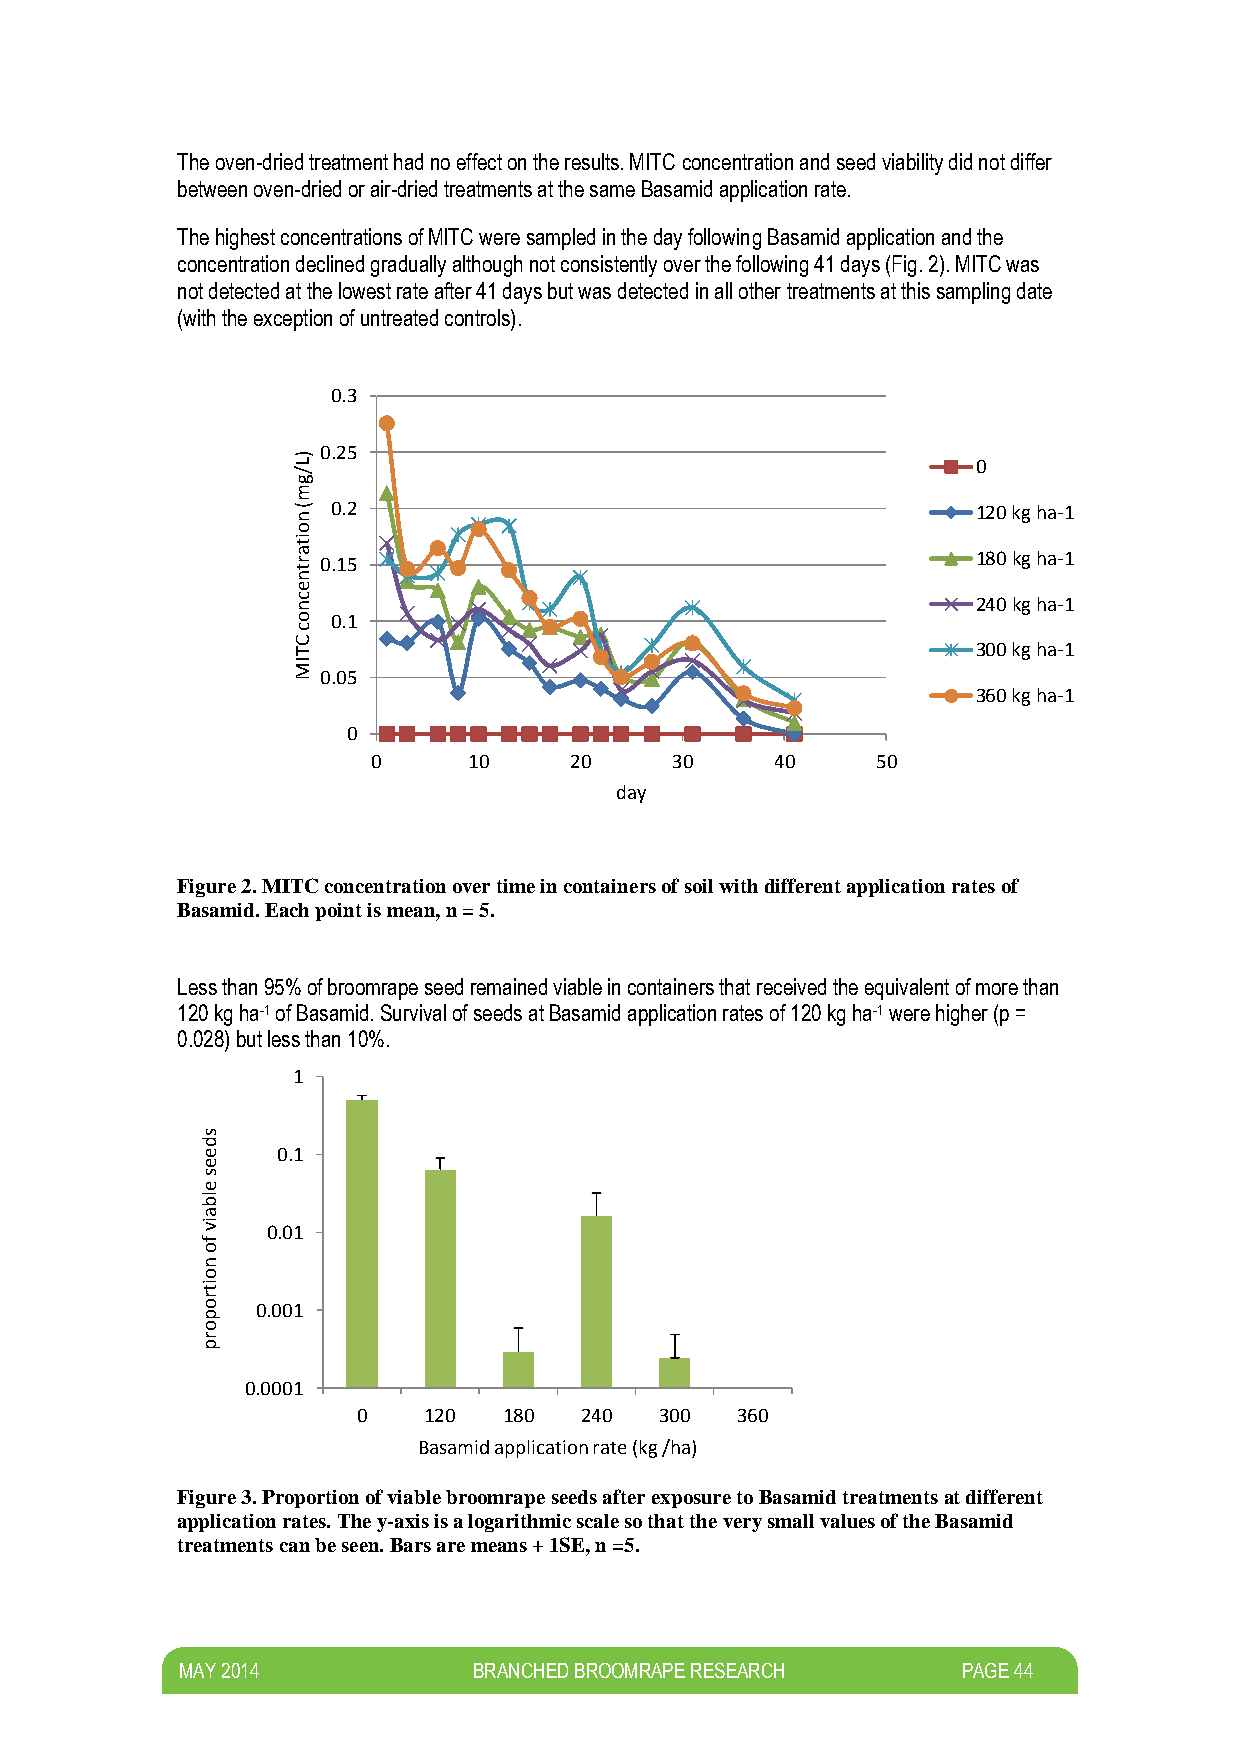
The oven-dried treatment had no effect on the results. MITC concentration and seed viability did not differ
 between oven-dried or air-dried treatments at the same Basamid application rate.
 The highest concentrations of MITC were sampled in the day following Basamid application and the
 concentration declined gradually although not consistently over the following 41 days (Fig. 2). MITC was
 not detected at the lowest rate after 41 days but was detected in all other treatments at this sampling date
 (with the exception of untreated controls).
 0.3
 ) L
 0.25
 0
 /
 g
 m
 (
 n
 0.2                                        120 kg ha-1
 o
 it
 a                                             180 kg ha-1
 r
 t
 0.15
 n
 e
 c n                                           240 kg ha-1
 o  0.1
 c
 C T                                           300 kg ha-1
 IM
 0.05
 360 kg ha-1
 0
 0     10     20    30     40     50
 day
 Figure 2. MITC concentration over time in containers of soil with different application rates of
 Basamid. Each point is mean, n = 5.
 Less than 95% of broomrape seed remained viable in containers that received the equivalent of more than
 120 kg ha-1 of Basamid. Survival of seeds at Basamid application rates of 120 kg ha-1 were higher (p =
 0.028) but less than 10%.
 1
 s
 d
 e    0.1
 e
 s
 e
 lb
 a
 iv   0.01
 f
 o
 n
 o
 it
 r
 o   0.001
 p
 o
 r
 p
 0.0001
 0   120  180  240   300  360
 Basamid application rate (kg /ha)
 Figure 3. Proportion of viable broomrape seeds after exposure to Basamid treatments at different
 application rates. The y-axis is a logarithmic scale so that the very small values of the Basamid
 treatments can be seen. Bars are means + 1SE, n =5.
 M AY 2014          BRANCHED BROOMRAPE RESEARCH      PAGE 44